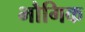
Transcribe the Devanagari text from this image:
भौगिक